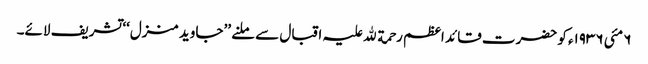
٦ مئی ١٩٣٦ء کو حضرت قائد اعظم رحمة ﷲ علیہ اقبال سے ملنے ’’جاوید منزل‘‘ تشریف لائے۔